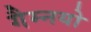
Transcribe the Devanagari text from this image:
गैम्नयो